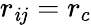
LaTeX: r_{\mathit{i}j}=r_{c}